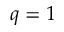
q = 1